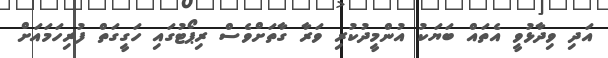
އަދި ވިދާޅުވީ އެތައް ބަޔަކު އުންމީދުކުރި ވަރާ ގާތަށްވެސް ރިޕޯޓުގައި ހަގީގަތް ފުރިހަމައަށް